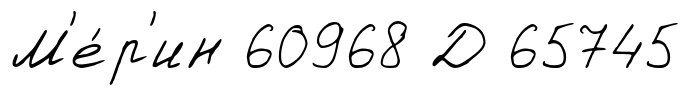
М'е́р'ин 60968 Д 65745